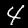
Label: 4